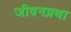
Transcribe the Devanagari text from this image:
जीवनप्रथा